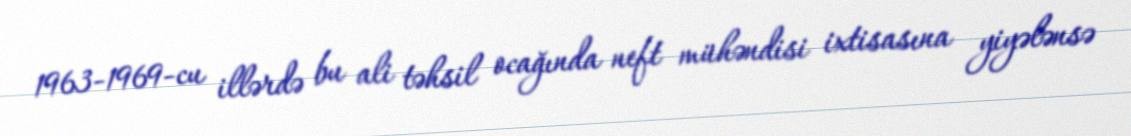
1963-1969-cu illərdə bu ali təhsil ocağında neft mühəndisi ixtisasına yiyələnsə